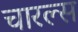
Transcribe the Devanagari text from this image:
चारल्स